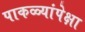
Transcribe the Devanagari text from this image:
पाकळ्यांपेक्षा